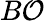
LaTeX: B\mathcal{O}